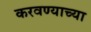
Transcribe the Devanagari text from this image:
करवण्याच्या